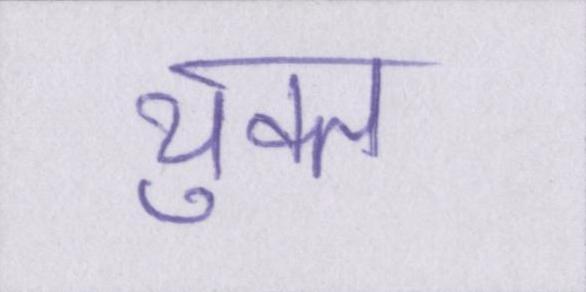
युक्त